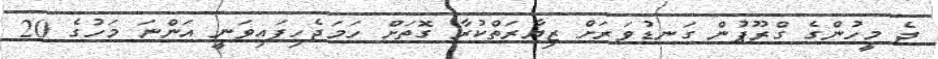
ދެ މީހުންގެ ގްރޫޕުން ގަނޑުވަރަށް ޒިޔާރަތްކުރާ ގޮތަށް ހަމަޖެހިފައިވަނީ އަންނަ މަހުގެ 20